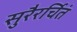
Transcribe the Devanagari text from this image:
सुरैरर्चितं